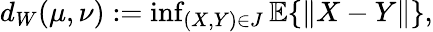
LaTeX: \begin{array}{r}{d_{W}(\mu,\nu):=\operatorname*{inf}_{(X,Y)\in J}\mathbb{E}\{ \| X-Y\| \} ,}\end{array}